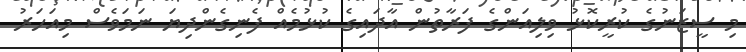
މި ސީޒަނުގެ ކުރީކޮޅު ވިލިއަންގެ ފަރާތުން އާދައިގެ ކުޅުމެއް ފެނިގެންދިޔަ ނަމަވެސް މިއަހަރު